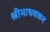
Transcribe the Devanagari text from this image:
श्रीमाधवकर